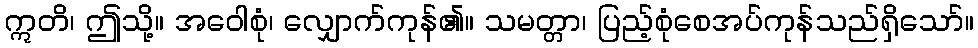
ဣတိ၊ ဤသို့။ အဝေါစုံ၊ လျှောက်ကုန်၏။ သမတ္တာ၊ ပြည့်စုံစေအပ်ကုန်သည်ရှိသော်။